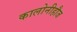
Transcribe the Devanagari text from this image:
कालोनीहौज